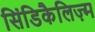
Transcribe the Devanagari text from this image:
सिंडिकैलिज़्म